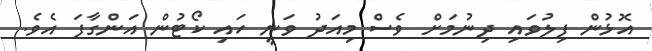
އޮޅުން ފިލުވައި ދިނުމަށް ވެސް މިއަދު ވަނީ ހައި ކޯޓުން އަންގާފަ އެވެ.